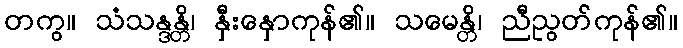
တကွ။ သံသန္ဒန္တိ၊ နှီးနှောကုန်၏။ သမေန္တိ၊ ညီညွတ်ကုန်၏။